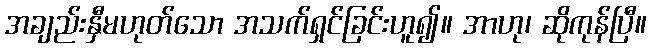
အချည်းနှီမဟုတ်သော အသက်ရှင်ခြင်းဟူ၍။ အာဟု၊ ဆိုကုန်ပြီ။